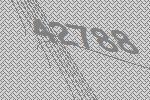
42788